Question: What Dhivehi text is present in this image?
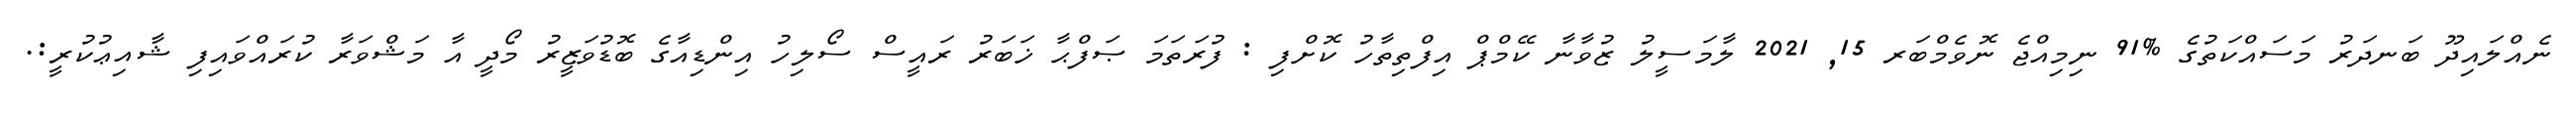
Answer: ނެއްލައިދޫ ބަނދަރު މަސައްކަތުގެ %91 ނިމިއްޖެ ނޮވެމްބަރ 15, 2021 ލާމަސީލު ޒުވާނާ ކޭމްޕް އިފްތިތާހު ކޮށްފި : ފުރަތަމަ ޞަފްޙާ ޚަބަރު ރައީސް ސޯލިހު އިންޑިއާގެ ބޮޑުވަޒީރު މޯދީ އާ މަޝްވަރާ ކުރައްވައިފި ޝާއިޢުކުރީ:.